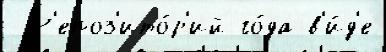
 Р'епоз'ито́р'ий го́да в'и́д'е